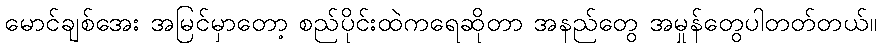
မောင်ချစ်အေး အမြင်မှာတော့ စည်ပိုင်းထဲကရေဆိုတာ အနည်တွေ အမှုန်တွေပါတတ်တယ်။